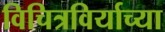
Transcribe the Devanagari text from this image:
विचित्रविर्याच्या